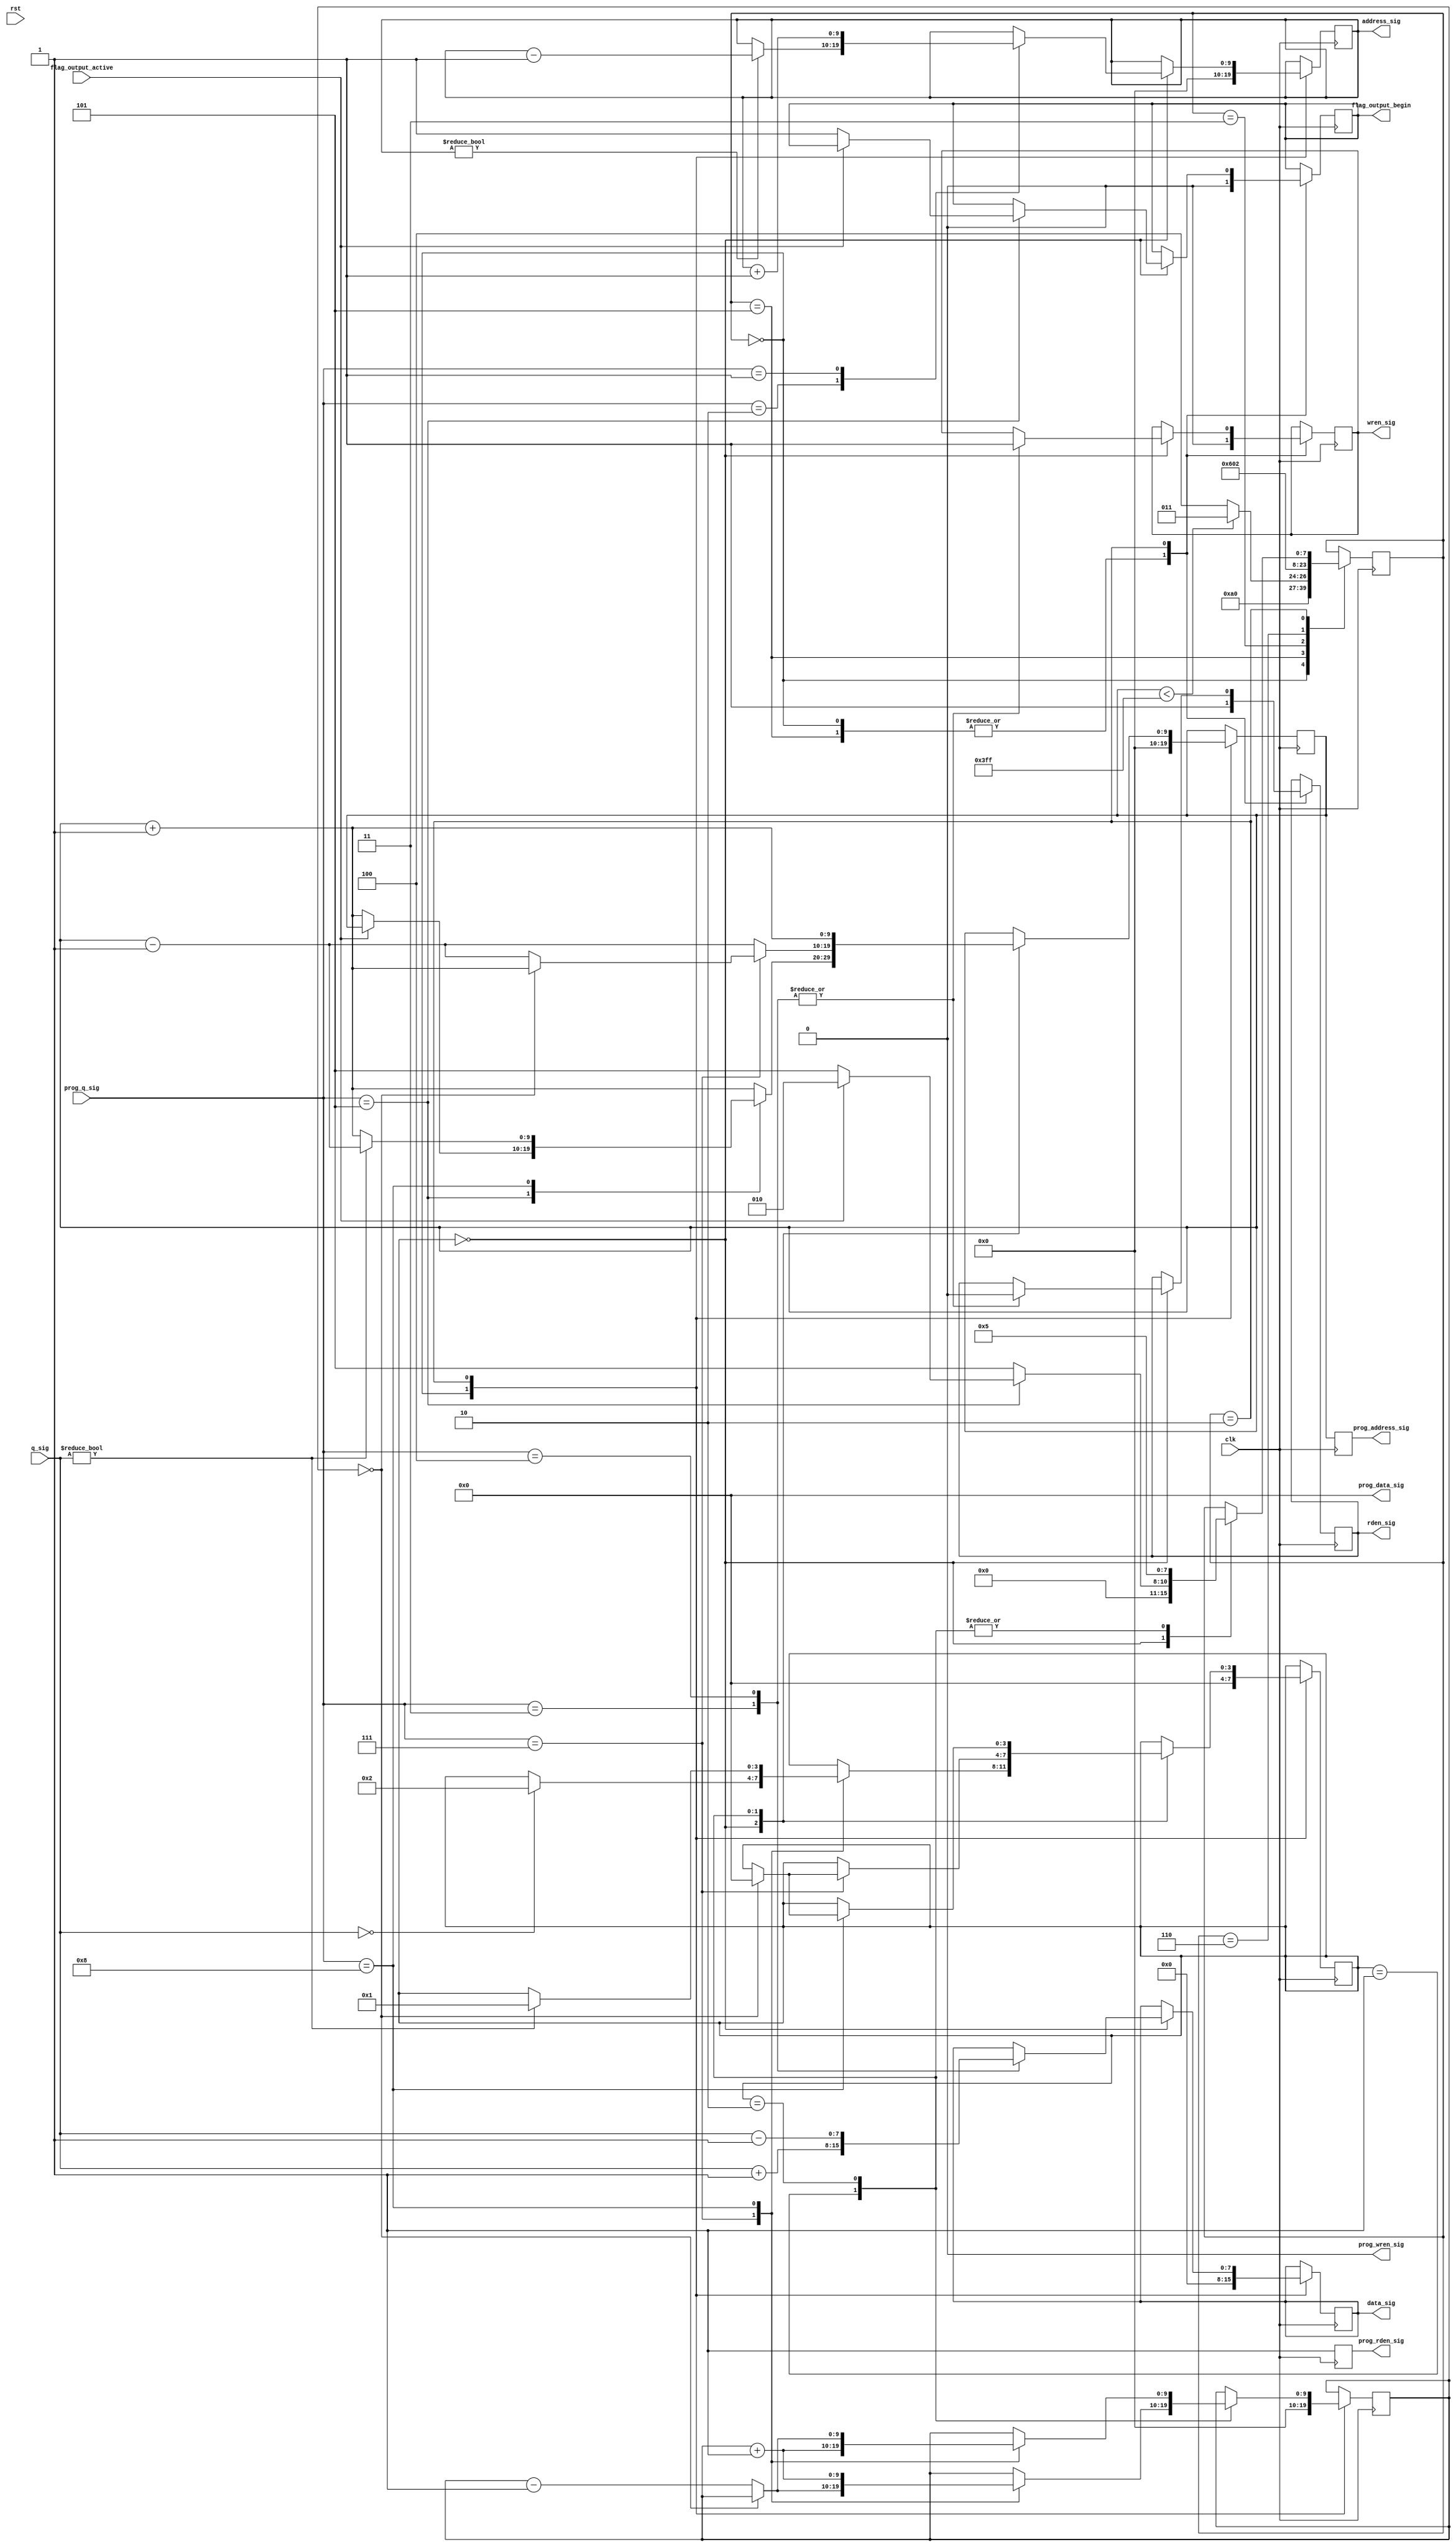
module brainfuck_cpu (

        input clk,
        input rst,
        
        //imem
        input [3:0]  prog_q_sig,
        output [3:0] prog_data_sig,
        output [9:0] prog_address_sig,
        output prog_wren_sig,
        output prog_rden_sig,
        
        //dmem
        input [7:0]  q_sig,
        output [7:0] data_sig,
        output [9:0] address_sig,
        output wren_sig,
        output rden_sig,
        
        //uart connect
        input flag_output_active,
        output flag_output_begin
        );

reg  [9:0] address_sig_reg = 0;
reg  [7:0]  data_sig_reg = 0;
reg         wren_sig_reg = 0, rden_sig_reg = 0;

assign data_sig    = data_sig_reg;
assign address_sig = address_sig_reg;
assign wren_sig    = wren_sig_reg;
assign rden_sig    = rden_sig_reg;

reg  [9:0] prog_address_sig_reg = 0;
reg  [3:0]  prog_data_sig_reg = 0;
reg         prog_wren_sig_reg = 0, prog_rden_sig_reg = 0;

assign prog_data_sig    = prog_data_sig_reg;
assign prog_rden_sig    = prog_rden_sig_reg;
assign prog_address_sig = prog_address_sig_reg;
assign prog_wren_sig    = prog_wren_sig_reg;

reg [9:0] program_counter = 0;
reg [7:0] cpu_state = 0;
reg [3:0] bracket_flag = 0;
reg [9:0] bracket_delta = 10'h0;

reg flag_output_begin_reg = 0;
assign flag_output_begin = flag_output_begin_reg;

localparam  NOP   = 0, //
            CMOVR = 1, // >
            CMOVL = 2, // <
            CADD  = 3, // +
            CRED  = 4, // -
            COUT  = 5, // .
            CIN   = 6, // ,
            CBEG  = 7, // [
            CEND  = 8; // ]
            
localparam  RESTART = 0,
            INSTR_FETCH = 1,
            INSTR_ANALYSIS = 2,
            HALT = 4,
            WAIT = 5,
            WAIT1 = 3,
            WAIT2 = 6,
            WAITtest = 7;
            
localparam  UPDATE = 1,
            STOP = 0;
            
localparam  DEFAULT = 0,
            FIND_OPENING_BRACKET = 1,
            FIND_CLOSING_BRACKET = 2;
            

//instruction fetch
always @ (posedge clk) begin
    
    prog_address_sig_reg <= program_counter;
    prog_wren_sig_reg <= 0;
    prog_rden_sig_reg <= 1;
    
end

//cpu control
always @ (posedge clk) begin
    
    case (cpu_state)
        
        RESTART: begin 
            
            address_sig_reg <= 0;
            data_sig_reg <= 0;
            rden_sig_reg <= 1;
            wren_sig_reg <= 0;
            program_counter <= 0;
            cpu_state <= WAIT;
            bracket_flag <= DEFAULT;
            bracket_delta <= 10'h0;
            flag_output_begin_reg <= 0;
            
        end
        
        HALT: begin
        
            //good night 
        
        end
        
        WAIT: begin
            
            flag_output_begin_reg <= 0;
            wren_sig_reg <= 0;
            rden_sig_reg <= 1;
            
            if(program_counter < 1023) begin 
                //cpu_state <= INSTR_ANALYSIS;
                cpu_state <= WAIT1;
            end
            else begin
                cpu_state <= HALT;
            end
        
        end
        
        WAIT1: begin

            cpu_state <= WAIT2;
        
        end
        
        WAIT2: begin

            cpu_state <= INSTR_ANALYSIS;
        
        end

        INSTR_ANALYSIS: begin
            
            case (bracket_flag)
                
                DEFAULT: begin
                
                    case (prog_q_sig)
                    
                        CMOVL: begin
                        
                            if(address_sig_reg != 0) begin
                                address_sig_reg <= address_sig_reg - 10'h1;
                            end
                            cpu_state <= WAIT;
                            program_counter <= program_counter + 10'h1;
                            
                        end
                        
                        CMOVR: begin
                        
                            address_sig_reg <= address_sig_reg + 10'h1;
                            cpu_state <= WAIT;
                            program_counter <= program_counter + 10'h1;
                            
                        end
                        
                        CADD: begin
                        
                            data_sig_reg <= q_sig + 8'h1;
                            cpu_state <= WAIT;
                            program_counter <= program_counter + 10'h1;
                            wren_sig_reg <= 1;
                            rden_sig_reg <= 0;
                            
                        end
                        
                        CRED: begin
                        
                            data_sig_reg <= q_sig - 8'h1;
                            cpu_state <= WAIT;
                            program_counter <= program_counter + 10'h1;
                            wren_sig_reg <= 1;
                            rden_sig_reg <= 0;
                            
                        end
                        
                        CIN: begin
                        
                            cpu_state <= WAIT;
                            program_counter <= program_counter + 10'h1;
                            
                        end
                        
                        COUT: begin
                            if(flag_output_active == 0) begin
                                cpu_state <= WAIT;
                                program_counter <= program_counter + 10'h1;
                                flag_output_begin_reg <= 1;
                            end
                            else if(flag_output_active == 1) begin
                                cpu_state <= INSTR_ANALYSIS;
                            end
                        end
                        
                        CBEG: begin
                        
                            if(q_sig == 0) begin
                                bracket_flag <= FIND_CLOSING_BRACKET;
                            end

                            cpu_state <= WAIT;
                            program_counter <= program_counter + 10'h1;
                            
                        end
                        
                        CEND: begin
                            
                            if (q_sig != 0) begin
                                bracket_flag <= FIND_OPENING_BRACKET;
                                program_counter <= program_counter - 10'h1;
                            end
                            else begin //q == 0
                                program_counter <= program_counter + 10'h1;
                            end
                            
                            cpu_state <= WAIT;
                            
                        end
                        
                        //NOP or every other operation
                        default: begin
                        
                            cpu_state <= WAIT;
                            program_counter <= program_counter + 10'h1;
                            
                        end
                        
                    endcase
                end
                
                FIND_OPENING_BRACKET: begin
                    
                    cpu_state <= WAIT;
                    
                    case (prog_q_sig)
                       
                        CBEG: begin
                        
                            if((bracket_delta) == 10'h0) begin
                                bracket_flag <= DEFAULT;
                                program_counter <= program_counter + 10'h1;
                            end
                            else begin 
                                bracket_delta <= bracket_delta - 10'h1;
                                program_counter <= program_counter - 10'h1;
                            end
                            
                        end
                        
                        CEND: begin
                        
                            bracket_delta <= bracket_delta + 10'h1;
                            program_counter <= program_counter - 10'h1;
                            
                        end
                        
                        default: begin
                        
                            program_counter <= program_counter - 10'h1;
                            
                        end
                        
                    endcase
                    
                end
                
                FIND_CLOSING_BRACKET: begin
                    
                    program_counter <= program_counter + 10'h1;
                    cpu_state <= WAIT;
                    
                    case (prog_q_sig)
                        
                        CBEG: begin
                        
                            bracket_delta <= bracket_delta + 10'h1;
                            
                        end
                        
                        CEND: begin
                        
                            if((bracket_delta) == 10'h0) begin
                                bracket_flag <= DEFAULT;
                            end
                            else begin 
                                bracket_delta <= bracket_delta - 10'h1;
                            end
                            
                        end
                        
                        default: begin
                        
                        end
                        
                    endcase
                    
                end
            
            endcase
            
        end
        
    endcase
    
end

endmodule